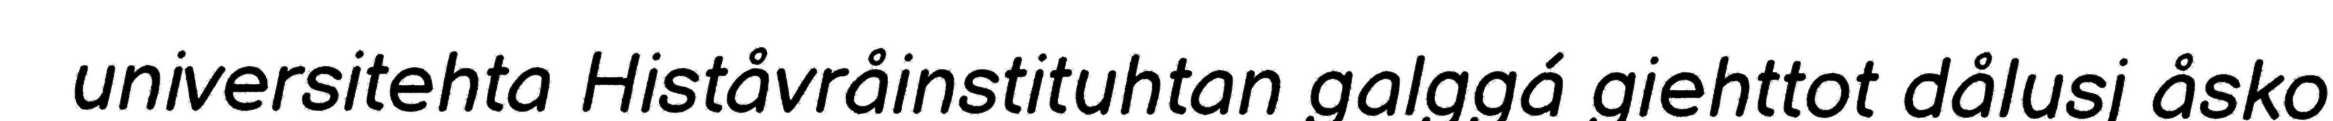
universitehta Histåvråinstituhtan galggá giehttot dålusj åsko